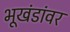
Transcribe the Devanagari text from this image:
भूखंडांवर